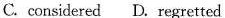
C.considered D.regretted